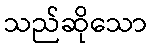
သည်ဆိုသော